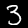
Digit: 3